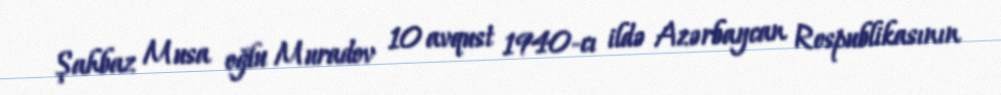
Şahbaz Musa oğlu Muradov 10 avqust 1940-cı ildə Azərbaycan Respublikasının